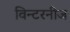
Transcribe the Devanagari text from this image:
विन्टरनीज